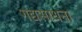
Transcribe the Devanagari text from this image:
गद्यसाधना